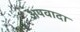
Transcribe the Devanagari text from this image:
अपवादा